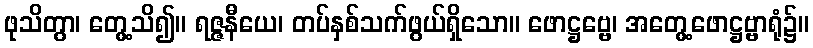
ဖုသိတွာ၊ တွေ့သိ၍။ ရဇ္ဇနီယေ၊ တပ်နှစ်သက်ဖွယ်ရှိသော။ ဖောဋ္ဌဗ္ဗေ၊ အတွေ့ဖောဋ္ဌဗ္ဗာရုံ၌။